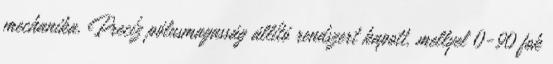
mechanika. Precíz pólusmagasság állító rendszert kapott, mellyel 0-90 fok